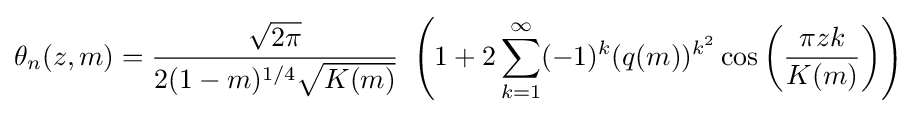
\theta _{n}(z,m)={\frac {\sqrt {2\pi }}{2(1-m)^{1/4}{\sqrt {K(m)}}}}\,\,\left(1+2\sum _{k=1}^{\infty }(-1)^{k}(q(m))^{k^{2}}\cos \left({\frac {\pi zk}{K(m)}}\right)\right)